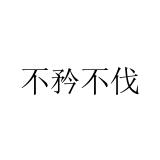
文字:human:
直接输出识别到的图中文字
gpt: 不矜不伐